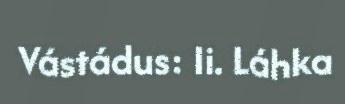
Vástádus: Ii. Láhka